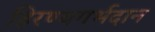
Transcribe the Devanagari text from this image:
हिरण्यगर्भदान